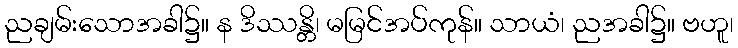
ညချမ်းသောအခါ၌။ န ဒိဿန္တိ၊ မမြင်အပ်ကုန်။ သာယံ၊ ညအခါ၌။ ဗဟူ၊